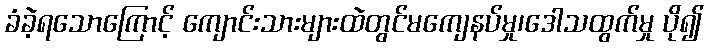
ခံခဲ့ရသောကြောင့် ကျောင်းသားများထဲတွင်မကျေနပ်မှု၊ဒေါသထွက်မှု ပို၍